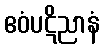
ဧဝံပဋိညာနံ